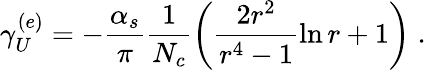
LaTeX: \gamma_{U}^{(e)}=-\frac{\alpha_{s}}{\pi}\frac{1}{N_{c}}\left(\frac{2r^{2}}{r^{4}-1}\ln r+1\right)\; .